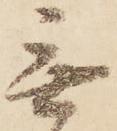
無